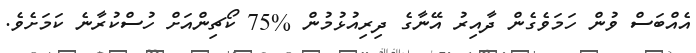
އެއްބަސް ވުން ހަމަވެގެން ދާއިރު އޭނާގެ ދިރިއުޅުމުން %75 ކޯޗިންއަށް ހުސްކުރާނެ ކަމަށެވެ.